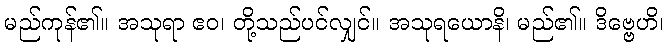
မည်ကုန်၏။ အသုရာ ဧဝ၊ တို့သည်ပင်လျှင်။ အသုရယောနိ၊ မည်၏။ ဒိဗ္ဗေဟိ၊